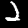
Digit: 2